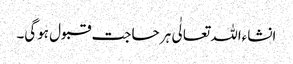
انشاءاللہ تعالٰی ہر حاجت قبول ہوگی۔